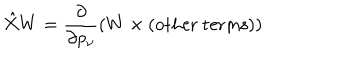
\hat { X } W = \frac { \partial } { \partial p _ { \nu } } ( W \times ( \mathrm { o t h e r ~ t e r m s } ) )